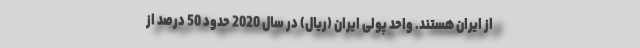
از ایران هستند. واحد پولی ایران (ریال) در سال 2020 حدود 50 درصد از